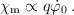
\begin{align*}\chi_{\rm m} \propto q \dot{\varphi}_0 \:.\end{align*}